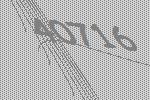
40716